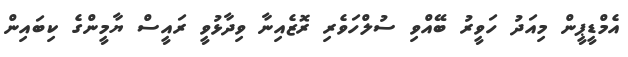
އެމްޑީޕީން މިއަދު ހަވީރު ބޭއްވި ސުލްހަވެރި ރޮޒެއިނާ ވިދާޅުވީ ރައީސް ޔާމީންގެ ކިބައިން